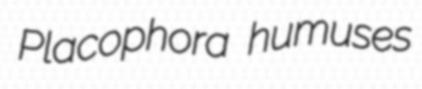
Placophora humuses